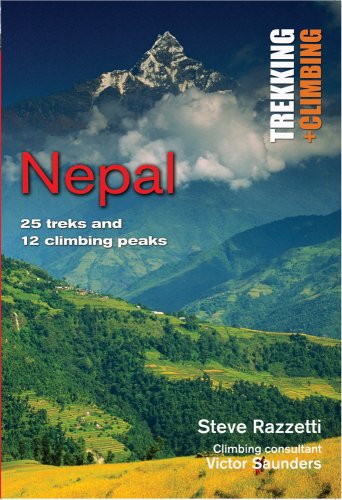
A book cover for Nepal: Trekking and Climbing, 25 Classic Treks and 12 Climbing Peaks; Steve Razzetti; Travel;